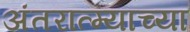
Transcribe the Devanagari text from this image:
अंतरात्म्याच्या